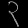
Digit: ၃